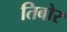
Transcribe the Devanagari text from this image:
तिबोर